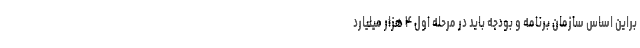
براین اساس سازمان برنامه و بودجه باید در مرحله اول ۴ هزار میلیارد